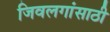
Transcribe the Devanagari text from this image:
जिवलगांसाठी